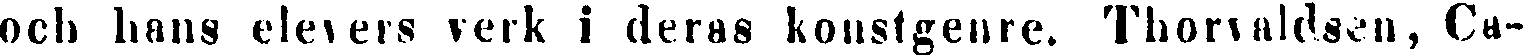
och hans elevers verk i deras konstgenre. Thorvaldsen, Ca-